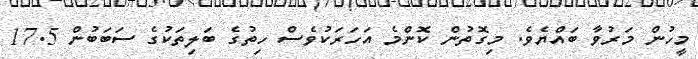
މީހުން މަރުވާ ބައްޔެވެ. މިގޮތުން ކޮންމެ އަހަރަކުވެސް ހިތުގެ ބަލިތަކުގެ ސަބަބުން 17.5